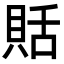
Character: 𧵳